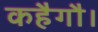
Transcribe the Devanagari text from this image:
कहैगौ।